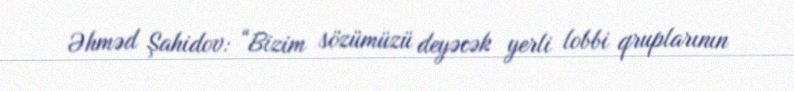
Əhməd Şahidov: “Bizim sözümüzü deyəcək yerli lobbi qruplarının